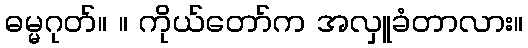
ဓမ္မဂုတ်။ ။ ကိုယ်တော်က အလှူခံတာလား။